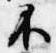
不